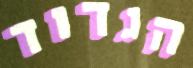
הגדוד